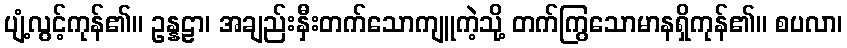
ပျံ့လွင့်ကုန်၏။ ဥန္နဠာ၊ အချည်းနှီးတက်သောကျူကဲ့သို့ တက်ကြွသောမာနရှိကုန်၏။ စပလာ၊